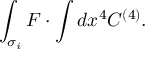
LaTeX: \int _ { \sigma _ { i } } { \cal F } \cdot \int d x ^ { 4 } C ^ { ( 4 ) } .